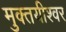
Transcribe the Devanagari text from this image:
मुक्तयीश्वर